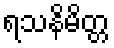
ရသနိမိတ္တ